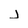
Character: j